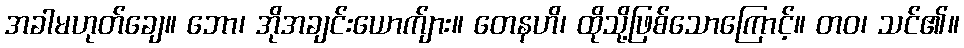
အခါမဟုတ်ချေ။ ဘော၊ အိုအချင်းယောက်ျား။ တေနဟိ၊ ထိုသို့ဖြစ်သောကြောင့်။ တဝ၊ သင်၏။